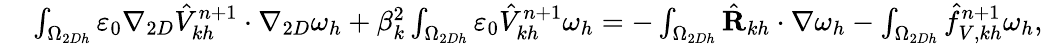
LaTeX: \begin{array}{rl}{\small}&{{}\int_{\Omega_{2Dh}}\varepsilon_{0}\nabla_{2D}\hat{V}_{kh}^{n+1}\cdot\nabla_{2D}\omega_{h}+\beta_{k}^{2}\int_{\Omega_{2Dh}}\varepsilon_{0}\hat{V}_{kh}^{n+1}\omega_{h}=-\int_{\Omega_{2Dh}}\hat{\textbf{R}}_{kh}\cdot\nabla\omega_{h}-\int_{\Omega_{2Dh}}\hat{f}_{V,kh}^{n+1}\omega_{h},}\end{array}